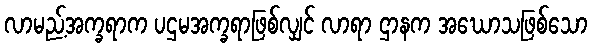
လာမည့်အက္ခရာက ပဌမအက္ခရာဖြစ်လျှင် လာရာ ဌာနက အဃောသဖြစ်သော